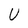
Character: U